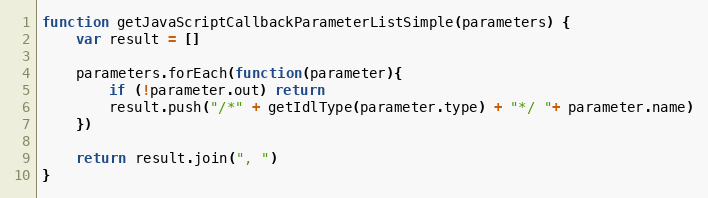
Language: JavaScript
function getJavaScriptCallbackParameterListSimple(parameters) {
    var result = []

    parameters.forEach(function(parameter){
        if (!parameter.out) return
        result.push("/*" + getIdlType(parameter.type) + "*/ "+ parameter.name)
    })

    return result.join(", ")
}